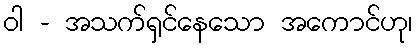
ဝါ - အသက်ရှင်နေသော အကောင်ဟု၊